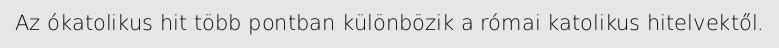
Az ókatolikus hit több pontban különbözik a római katolikus hitelvektől.